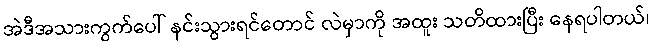
အဲဒီအသားကွက်ပေါ် နင်းသွားရင်တောင် လဲမှာကို အထူး သတိထားပြီး နေရပါတယ်၊